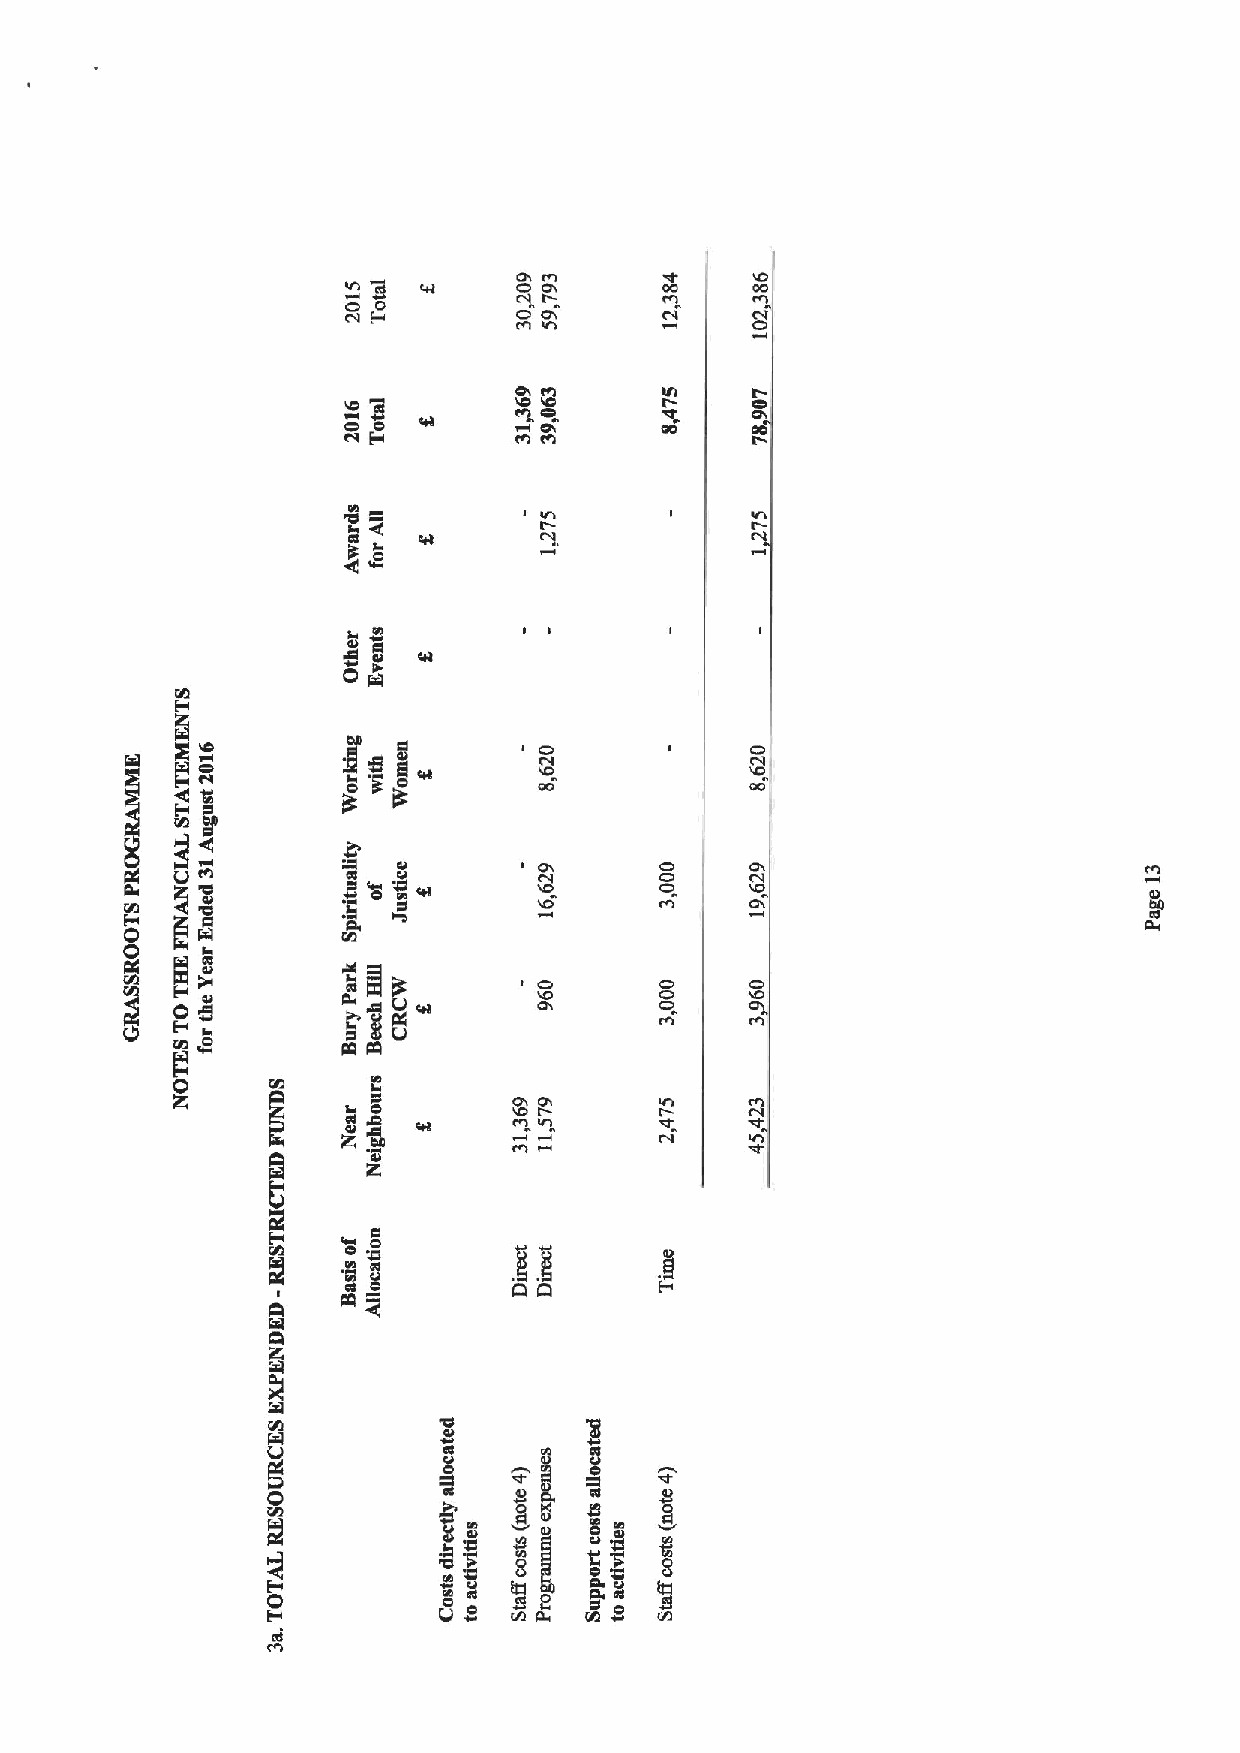
c+!   O O M DS  ~ 000 ' 0lD 0
 H D        O DS      CI    CV
 M ICS
 gaIO      Ifl   I
 I     IO
 O O                  00    00
 I
 O
 CI
 al        DS      ID    DI                        M
 8 040I       C IDV   I OD  'lD                       DI
 DS                        00
 aS
 O     O
 COS„  'ID
 DS Ca
 ID I
 VI
 OSC
 O
 5
 8
 IS
 4f
 U8
 DID  CO